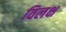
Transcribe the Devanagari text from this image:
विलक्ष